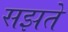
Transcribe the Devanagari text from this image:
सझते